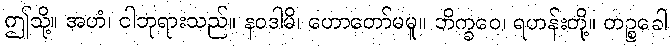
ဤသို့။ အဟံ၊ ငါဘုရားသည်။ နဝဒါမိ၊ ဟောတော်မမူ။ ဘိက္ခဝေ၊ ရဟန်းတို့။ တဉ္စခေါ